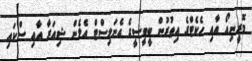
މޮރީނިއޯ އާއި ހެކެޓްގެ އިތުރުން ބީބީސީގެ އެނަލިސްޓް އެލެން ޝިއަރާ އާއި ސްކައި